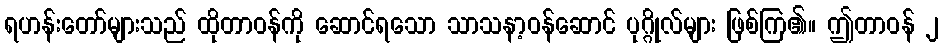
ရဟန်းတော်များသည် ထိုတာဝန်ကို ဆောင်ရသော သာသနာ့ဝန်ဆောင် ပုဂ္ဂိုလ်များ ဖြစ်ကြ၏။ ဤတာဝန် ၂